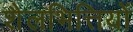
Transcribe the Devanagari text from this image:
शैलभित्तियों